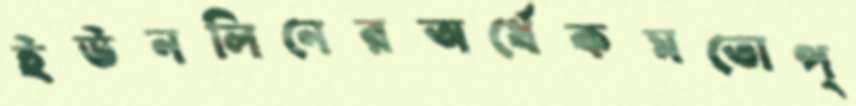
ইউনলিনেরঅর্ধেকমতোপ্